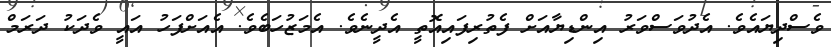
ވެސްދިޔައެވެ. އެދުވަސްވަރު އިންޑިޔާއަށް ފެތުރިފައިއޮތީ އެދީނެވެ. އެމަޒުހަބެވެ. އެއަށްފަހު އައީ ވެދަކު ދަރަމް